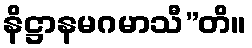
နိဋ္ဌာနမဂမာသီ”တိ။